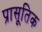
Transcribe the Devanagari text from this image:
प्रासूतिक